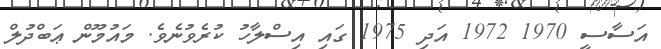
އަސާސީ 1970 1972 އަދި 1975 ގައި އިސްލާހު ކުރެވުނެވެ. މައުމޫން ޢަބްދުލް